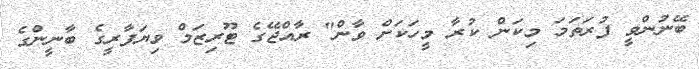
ބޭނުންވީ ފުރަތަމަ މިކަން ކުރާ މީހަކަށް ވާން" ރާއްޖޭގެ ޓޫރިޒަމް ވިޔަފާރީގެ ބާނީންގެ